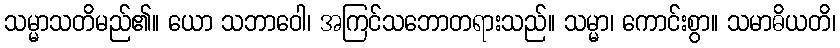
သမ္မာသတိမည်၏။ ယော သဘာဝေါ၊ အကြင်သဘောတရားသည်။ သမ္မာ၊ ကောင်းစွာ။ သမာဓိယတိ၊